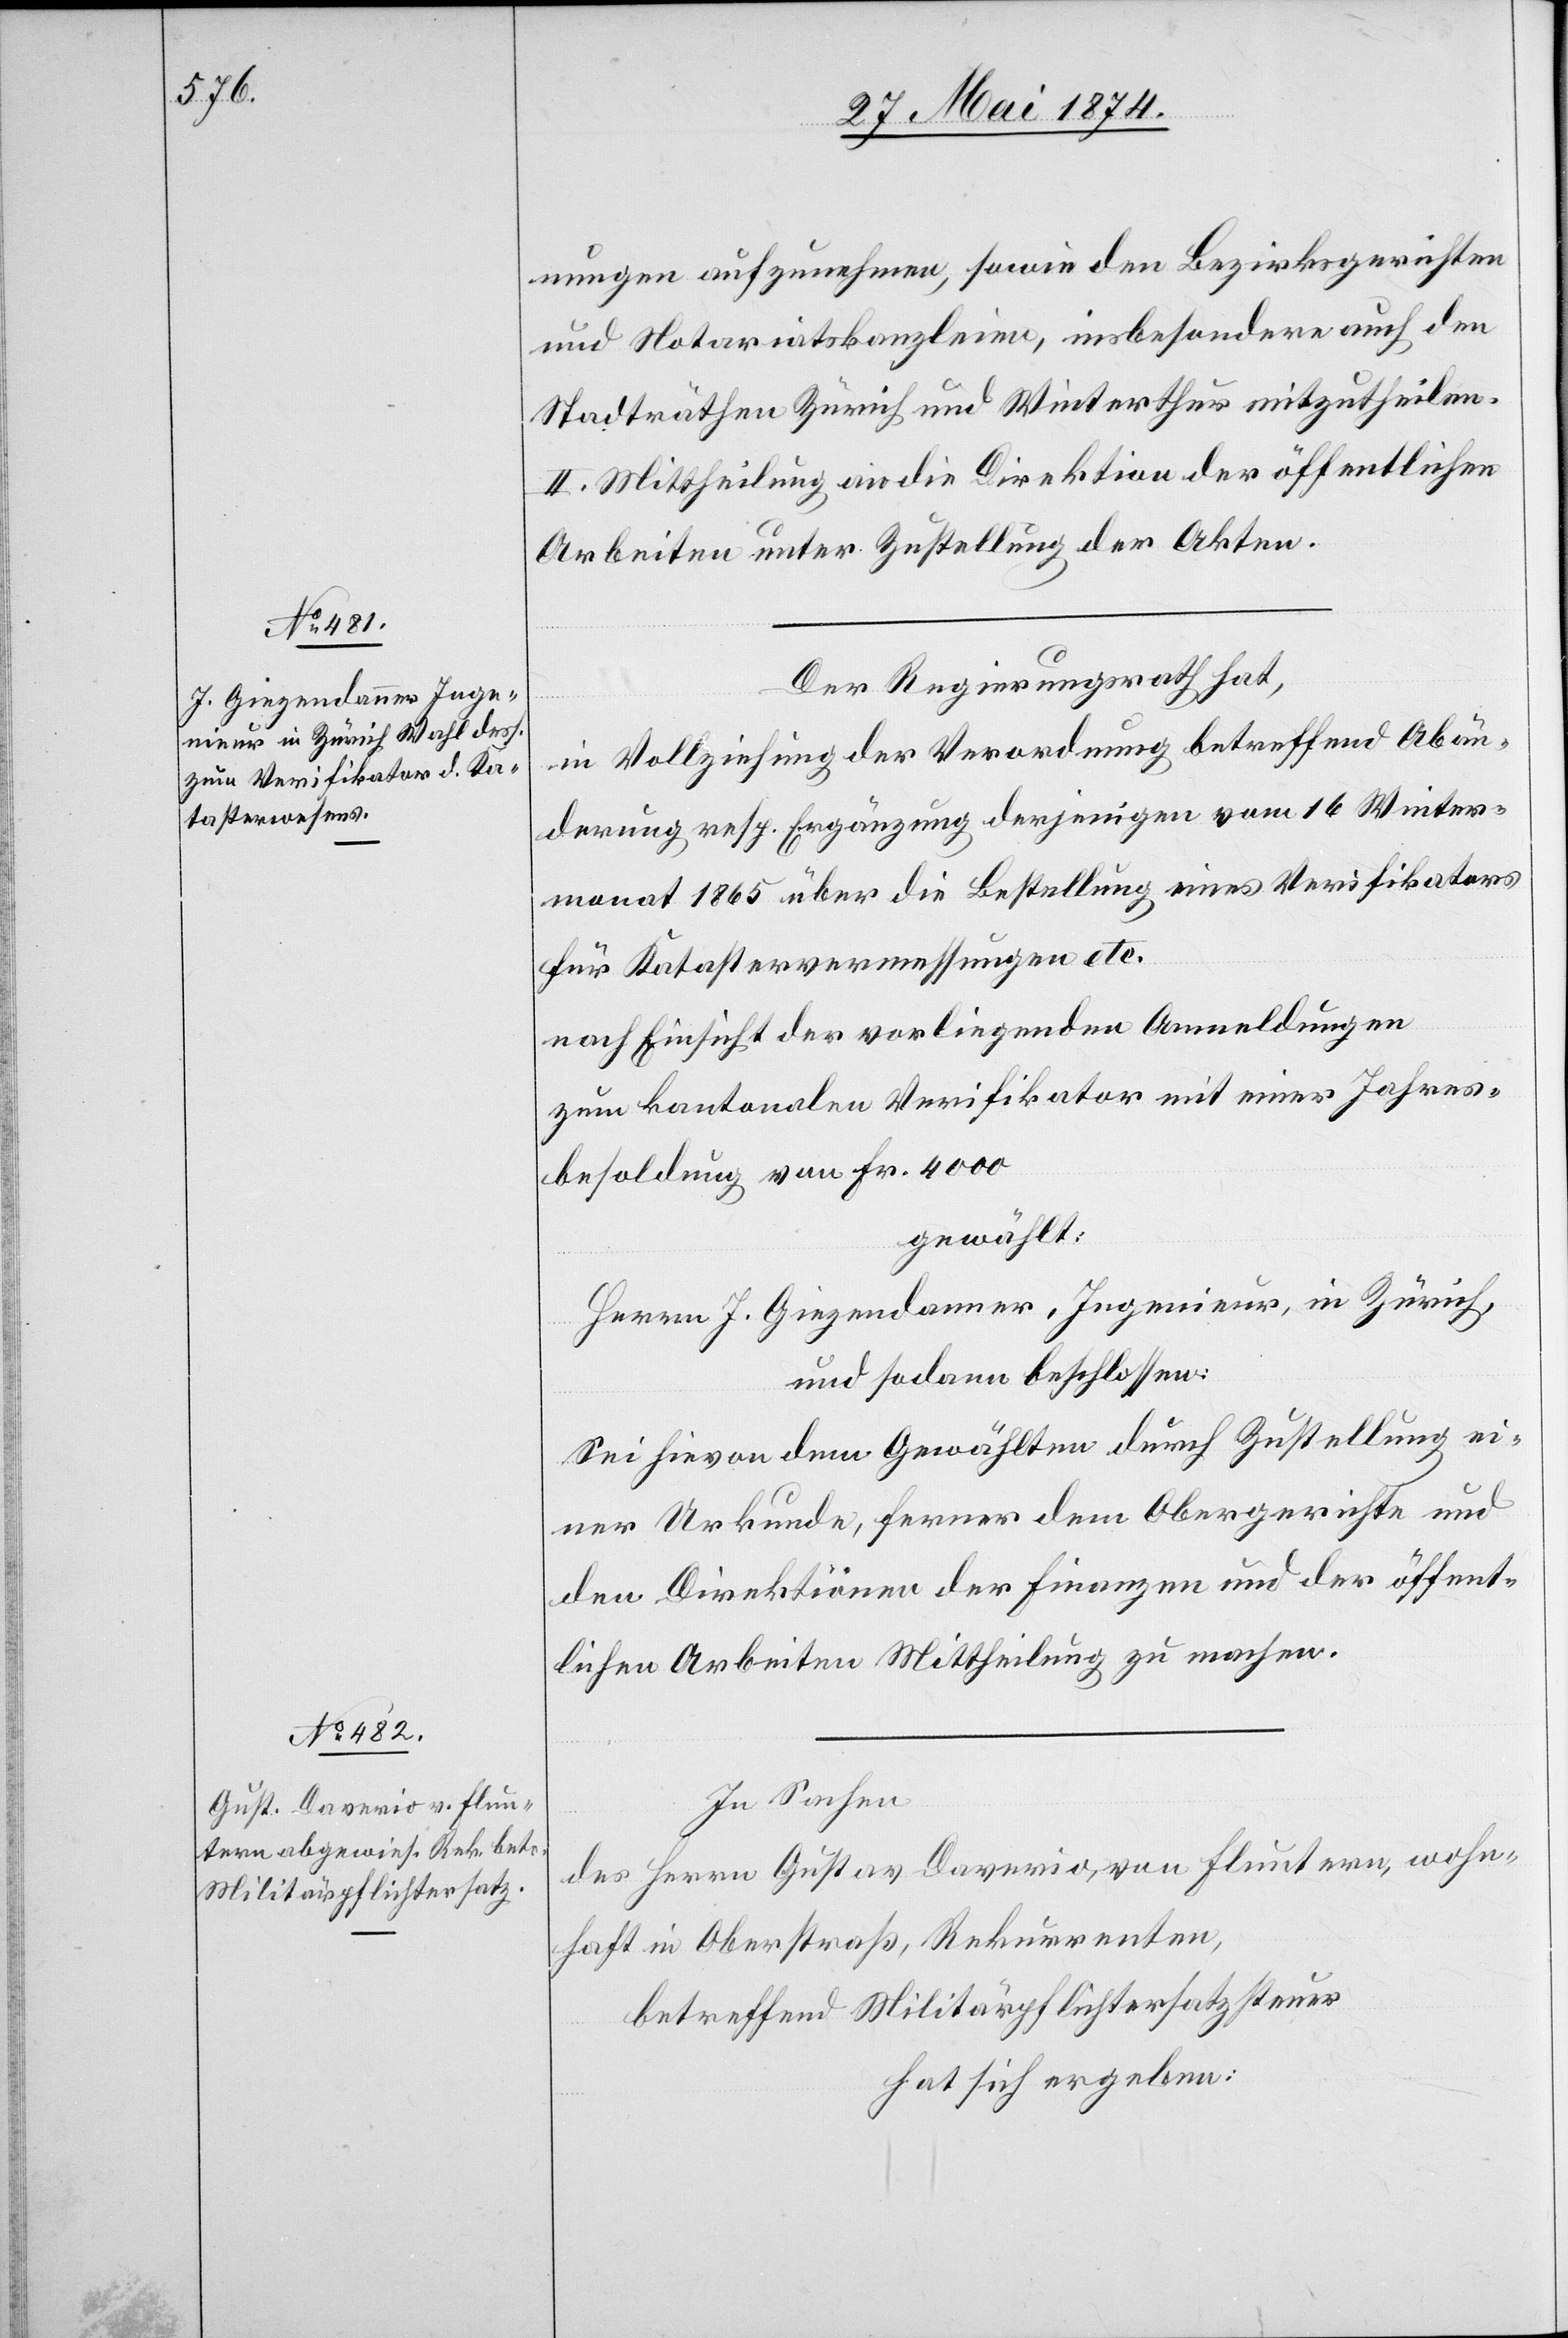
nungen aufzunehmen, sowie den Bezirksgerichten
und Notariatskanzleien, insbesondere auch den
Stadträthen Zürich und Winterthur mitzutheilen.
II. Mittheilung an die Direktion der öffentlichen
Arbeiten unter Zustellung der Akten.
Der Regierungsrath hat,
in Vollziehung der Verordnung betreffend Abän¬
derung resp. Ergänzung derjenigen vom 16. Winter¬
monat 1865 über die Bestellung eines Verifikators
für Katastervermessungen etc.
nach Einsicht der vorliegenden Anmeldungen
zum kantonalen Verifikator mit einer Jahres¬
besoldung von Fr. 4000
gewählt:
Herrn J. Giezendanner, Ingenieur, in Zürich,
und sodann beschlossen:
Sei hievon dem Gewählten durch Zustellung ei¬
ner Urkunde, ferner dem Obergerichte und
den Direktionen der Finanzen und der öffent¬
lichen Arbeiten Mittheilung zu machen.
In Sachen
des Herrn Gustav Daverio, von Fluntern, wohn¬
haft in Oberstraß, Rekurrenten,
betreffend Militärpflichtersatzsteuer,
hat sich ergeben: